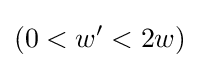
(0<w'<2w)